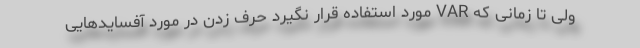
ولی تا زمانی که VAR مورد استفاده قرار نگیرد حرف زدن در مورد آفسایدهایی